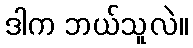
ဒါက ဘယ်သူလဲ။